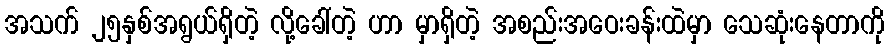
အသက် ၂၅နှစ်အရွယ်ရှိတဲ့ လို့ခေါ်တဲ့ ဟာ မှာရှိတဲ့ အစည်းအဝေးခန်းထဲမှာ သေဆုံးနေတာကို